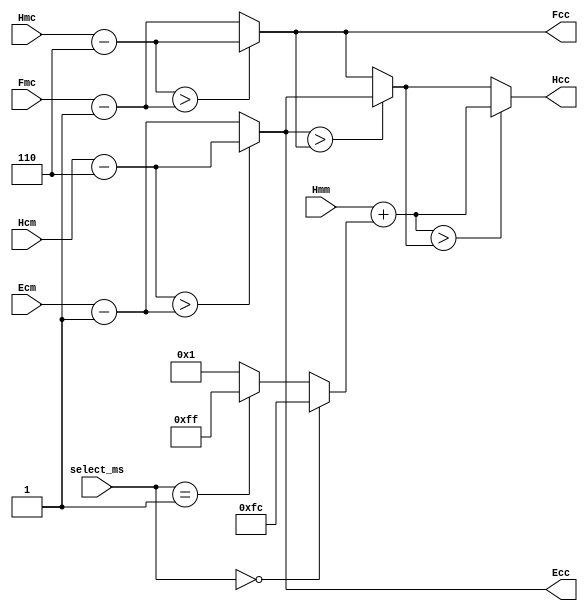
module unitfull(
   input [1:0] select_ms,
   input [7:0] Hmm,
	input [7:0] Hmc,
	input [7:0] Hcm,
	input [7:0] Ecm,
	input [7:0] Fmc,
	output [7:0] Hcc,
	output [7:0] Ecc,
	output [7:0] Fcc
);
wire [7:0] Hcc0;
wire [7:0] Ecc0;
wire [7:0] Ecc1;
wire [7:0] Fcc0;
wire [7:0] Fcc1;
wire [7:0] ms;
assign ms = ( select_ms == 2'b00) ? -8'd4 : (( select_ms == 2'b01) ? -8'd1 : 8'd1);
assign Hcc0 = Hmm + ms;
assign Ecc0 = Hcm - 8'd6;
assign Ecc1 = Ecm - 8'd1;
assign Fcc0 = Hmc - 8'd6;
assign Fcc1 = Fmc - 8'd1;
wire [7:0] Ecc_max_Fcc;
assign Ecc_max_Fcc = ( Ecc > Fcc) ? Ecc : Fcc;
assign Hcc = ( Hcc0 > Ecc_max_Fcc) ? Hcc0 : Ecc_max_Fcc;
assign Ecc = ( Ecc0 > Ecc1) ? Ecc0 : Ecc1;
assign Fcc = ( Fcc0 > Fcc1) ? Fcc0 : Fcc1;
endmodule